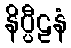
နိပ္ပီဠနံ